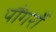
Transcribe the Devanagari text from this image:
पौंगराँ